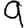
Digit: 9